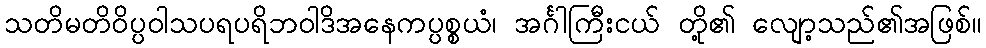
သတိမတိဝိပ္ပဝါသပရပရိဘဝါဒိအနေကပ္ပစ္စယံ၊ အင်္ဂါကြီးငယ် တို့၏ လျော့သည်၏အဖြစ်။